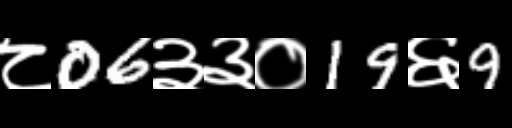
Text: ८06३३०19६9